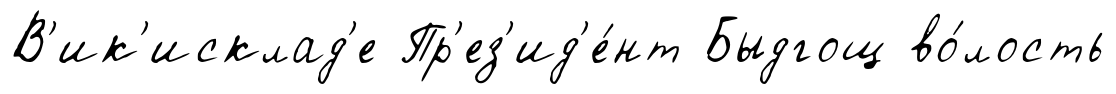
В'ик'исклад'е Пр'ез'ид'е́нт Быдгощ во́лость